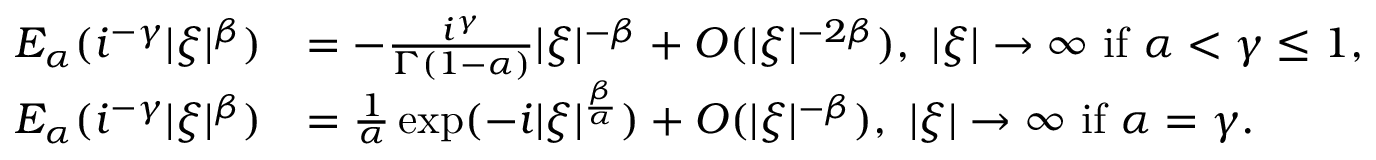
\begin{array} { r l } { E _ { \alpha } ( i ^ { - \gamma } | \xi | ^ { \beta } ) } & { = - \frac { i ^ { \gamma } } { \Gamma ( 1 - \alpha ) } | \xi | ^ { - \beta } + O ( | \xi | ^ { - 2 \beta } ) , \ | \xi | \rightarrow \infty \ \mathrm { i f } \ \alpha < \gamma \leq 1 , } \\ { E _ { \alpha } ( i ^ { - \gamma } | \xi | ^ { \beta } ) } & { = \frac { 1 } { \alpha } \exp ( - i | \xi | ^ { \frac { \beta } { \alpha } } ) + O ( | \xi | ^ { - \beta } ) , \ | \xi | \rightarrow \infty \ \mathrm { i f } \ \alpha = \gamma . } \end{array}